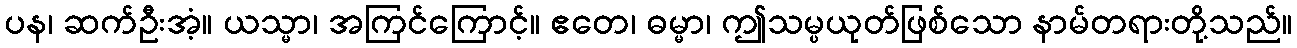
ပန၊ ဆက်ဦးအံ့။ ယသ္မာ၊ အကြင်ကြောင့်။ ဧတေ၊ ဓမ္မာ၊ ဤသမ္ပယုတ်ဖြစ်သော နာမ်တရားတို့သည်။